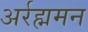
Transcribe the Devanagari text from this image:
अर्रह्ममन